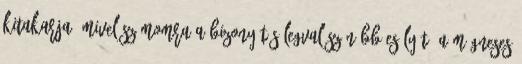
kitakarja. Mivel számomra a bizonyítás legvalószínűbb esélyét, a mágneses